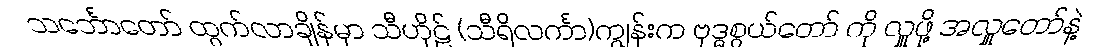
သင်္ဘောတော် ထွက်လာချိန်မှာ သီဟိုဠ် (သီရိလင်္ကာ)ကျွန်းက ဗုဒ္ဓစွယ်တော် ကို လှူဖို့ အလှူတော်နဲ့